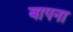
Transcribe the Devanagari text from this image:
बापना